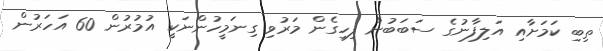
ތިބި ކަމަށާއި އަލިފާނުގެ ސަބަބުން ފިހިގެން މަރުވި ގިނަމީހުންނަކީ އުމުރުން 60 އަހަރުން